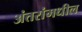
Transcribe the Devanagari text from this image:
अंतरांमधील